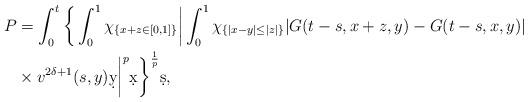
LaTeX: \begin{align*}P &= \int_{0}^{t}\bigg\{\int_{0}^{1}\chi_{\{x+z\in[0,1]\}}\bigg|\int_{0}^{1}\chi_{\{|x-y|\leq |z|\}}|G(t-s,x+z,y)-G(t-s,x,y)|\\& \times v^{2\delta+1}(s,y)\d y\bigg|^p\d x\bigg\}^{\frac{1}{p}}\d s,\end{align*}